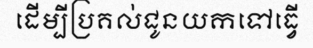
ដើម្បីប្រគល់ជូនយកទៅធ្វើ